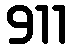
911